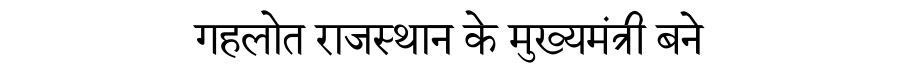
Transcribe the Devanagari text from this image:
गहलोत राजस्थान के मुख्यमंत्री बने